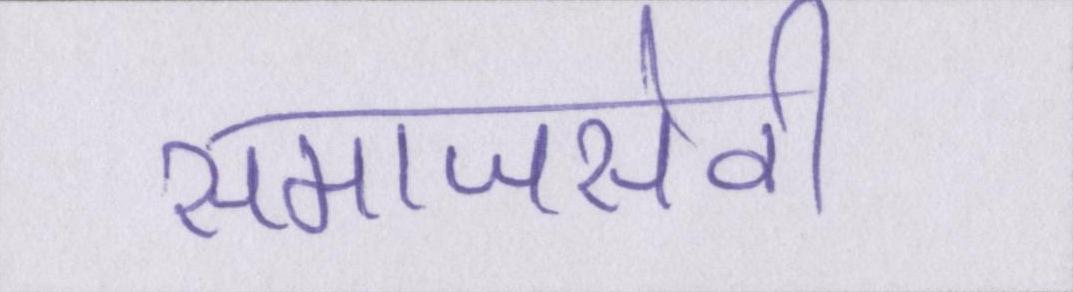
समाजसेवी